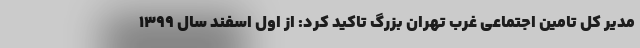
مدیر کل تامین اجتماعی غرب تهران بزرگ تاکید کرد: از اول اسفند سال ۱۳۹۹